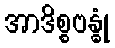
အာဒိစ္စဗန္ဓုံ